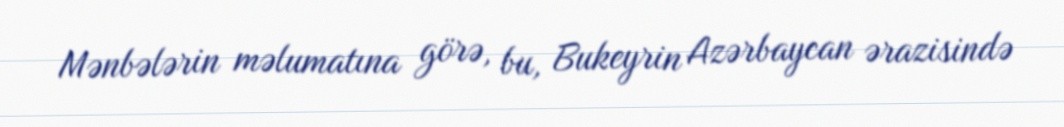
Mənbələrin məlumatına görə, bu, Bukeyrin Azərbaycan ərazisində